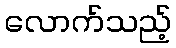
လောက်သည့်